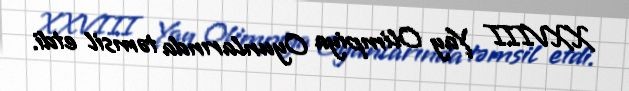
XXVIII Yay Olimpiya Oyunlarında təmsil etdi.